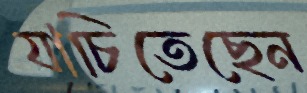
যাচিতেছেন